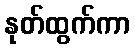
နုတ်ထွက်ကာ